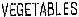
VEGETABLES